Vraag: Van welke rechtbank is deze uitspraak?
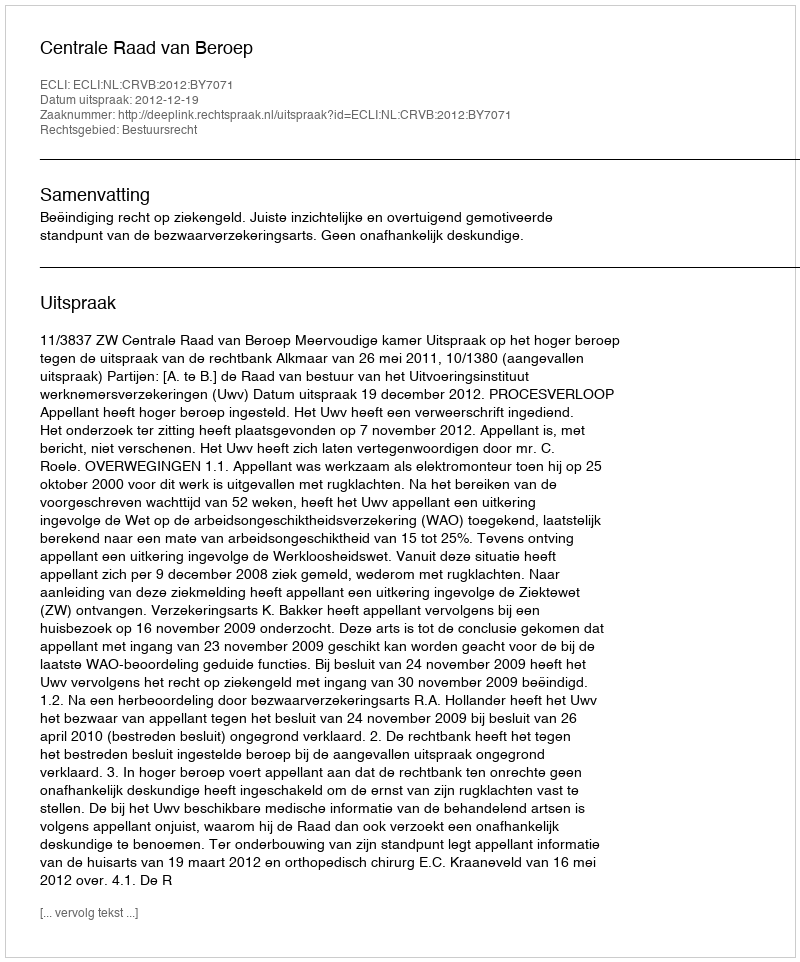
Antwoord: Centrale Raad van Beroep